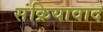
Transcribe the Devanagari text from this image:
संक्रियावाद